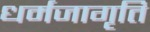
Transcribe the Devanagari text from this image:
धर्मजागृति